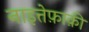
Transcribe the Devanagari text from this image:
नाइत्तेफ़ाक़ी